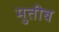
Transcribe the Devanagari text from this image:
मुतीब